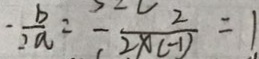
- \frac { b } { 2 a } = - \frac { 2 } { 2 x ( - 1 ) } = 1